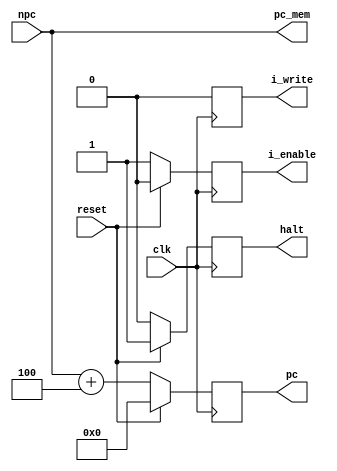
//`include "im.v"
module if_stage(
  input wire 		clk,
  input wire 		reset,
  input wire [31:0] npc, //from control input
  output reg [31:0] pc,//to the decode stage
  output reg [31:0] pc_mem,//to the memory stage
  output reg 		halt,
  output reg 		i_write, //control the read and write
  output reg 		i_enable//to the memory to enable the text section read
);
   wire [31:0] pc_temp;
   assign pc_temp = npc;
always @(pc_temp) pc_mem <= pc_temp;
   
  always @(posedge clk) begin
    if(reset == 1'b1) begin
      pc <= 0;
      halt <= 1'b1;
      i_write <= 1'b0;
      i_enable <= 1'b0;
    end else begin
      pc <= pc_temp + 4;
      halt <= 0;	 
      i_write <= 1'b0;
      i_enable <= 1'b1;
    end
  end
endmodule